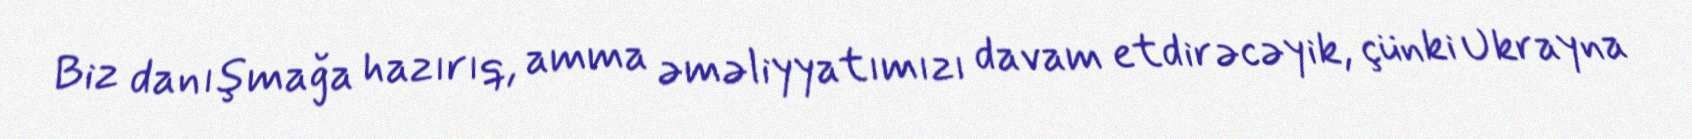
Biz danışmağa hazırıq, amma əməliyyatımızı davam etdirəcəyik, çünki Ukrayna